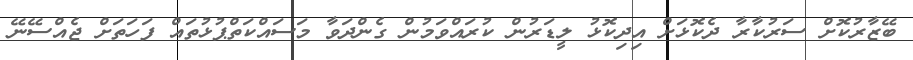
ބޭޒާރުކޮށް ސަރުކާރާ ދެކޮޅަށް އިދިކޮޅު ލީޑަރުން ކުރައްވަމުން ގެންދަވާ މަސައްކަތްޕުޅުތައް ފަހަތަށް ޖެއްސޭނޭ